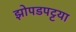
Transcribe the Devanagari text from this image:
झोपडपट्टया